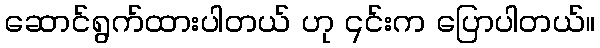
ဆောင်ရွက်ထားပါတယ် ဟု ၎င်းက ပြောပါတယ်။